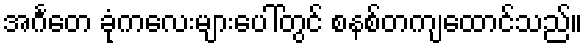
အင်္ဂတေ ခုံကလေးများပေါ်တွင် စနစ်တကျထောင်သည်။